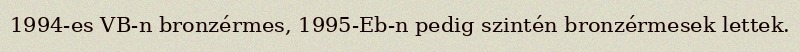
1994-es VB-n bronzérmes, 1995-Eb-n pedig szintén bronzérmesek lettek.